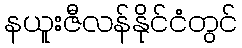
နယူးဇီလန်နိုင်ငံတွင်